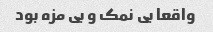
واقعا بی نمک و بی مزه بود